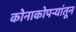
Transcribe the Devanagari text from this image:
कोनाकोपर्‍यांतून